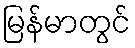
မြန်မာတွင်